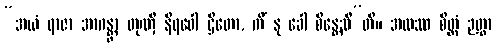
“အယံ ရာဇာ အာဂန္တွာ တုဏှီ နိရဝေါ ဌိတော, ကိံ နု ခေါ စိန္တေသီ”တိ။ အထဿ စိတ္တံ ဉတွာ